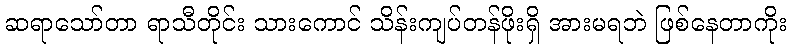
ဆရာသော်တာ ရာသီတိုင်း သားကောင် သိန်းကျပ်တန်ဖိုးရှိ အားမရဘဲ ဖြစ်နေတာကိုး